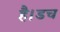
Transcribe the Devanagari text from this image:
है।डच